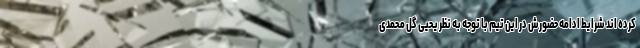
کرده اند شرایط ادامه حضورش در این تیم با توجه به نظر یحیی گل محمدی